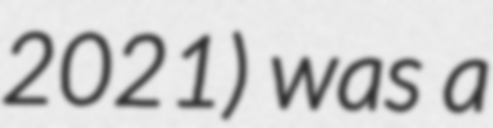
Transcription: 2021) was a